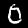
Digit: 0